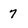
Character: 7